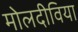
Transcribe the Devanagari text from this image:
मोलदीविया